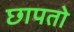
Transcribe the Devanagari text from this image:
छापतो